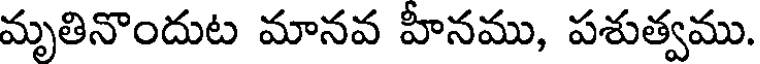
మృతినొందుట మానవ హీనము, పశుత్వము.